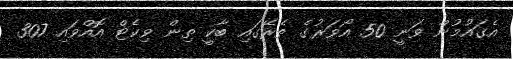
އެގައުމުން ވަނީ 50 އޯވަރުގެ ތެރޭގައި ބާކީ ތިން ވިކެޓް އޮއްވައި 307